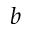
b